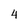
Character: 4